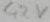
Text: 42V